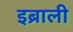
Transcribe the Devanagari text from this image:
इब्राली